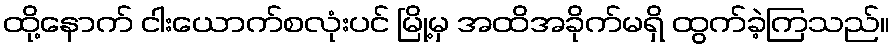
ထို့နောက် ငါးယောက်စလုံးပင် မြို့မှ အထိအခိုက်မရှိ ထွက်ခဲ့ကြသည်။